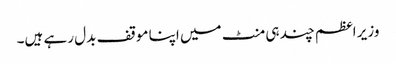
وزیر اعظم چند ہی منٹ میں اپنا موقف بدل رہے ہیں۔